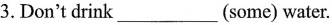
3.Don't drink___(some) water.